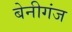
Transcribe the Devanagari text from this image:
बेनीगंज